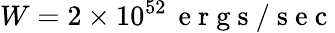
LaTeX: W=2\times 10^{52}\, \mathrm{~e~r~g~s~/~s~e~c~}